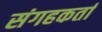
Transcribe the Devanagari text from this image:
संगहकर्ता